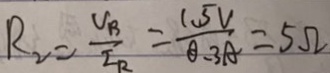
R _ { 2 } = \frac { V _ { B } } { I _ { R } } = \frac { 1 . 5 V } { 0 . 3 A } = 5 \Omega